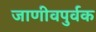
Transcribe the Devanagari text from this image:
जाणीवपुर्वक